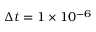
\Delta t = 1 \times 1 0 ^ { - 6 }